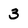
Character: 3